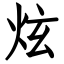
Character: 炫